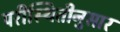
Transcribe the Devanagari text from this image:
परीस्थितीनुसार